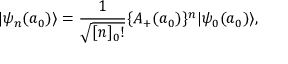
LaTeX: | \psi _ { n } ( a _ { 0 } ) \rangle = \frac { 1 } { \sqrt { [ n ] _ { 0 } ! } } \{ A _ { + } ( a _ { 0 } ) \} ^ { n } | \psi _ { 0 } ( a _ { 0 } ) \rangle ,